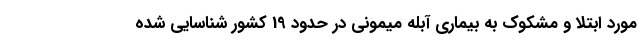
مورد ابتلا و مشکوک به بیماری آبله میمونی در حدود 19 کشور شناسایی شده